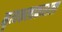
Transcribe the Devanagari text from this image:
नृत्यकलाकाराला